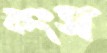
কংস